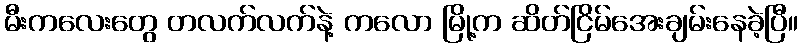
မီးကလေးတွေ တလက်လက်နဲ့ ကလော မြို့က ဆိတ်ငြိမ်အေးချမ်းနေခဲ့ပြီ။